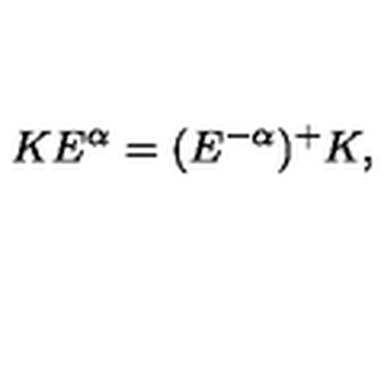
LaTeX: K E ^ { \alpha } = ( E ^ { - \alpha } ) ^ { + } K ,